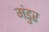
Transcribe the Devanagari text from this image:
मंडुर